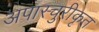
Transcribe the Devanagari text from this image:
अपास्चुरीकृत